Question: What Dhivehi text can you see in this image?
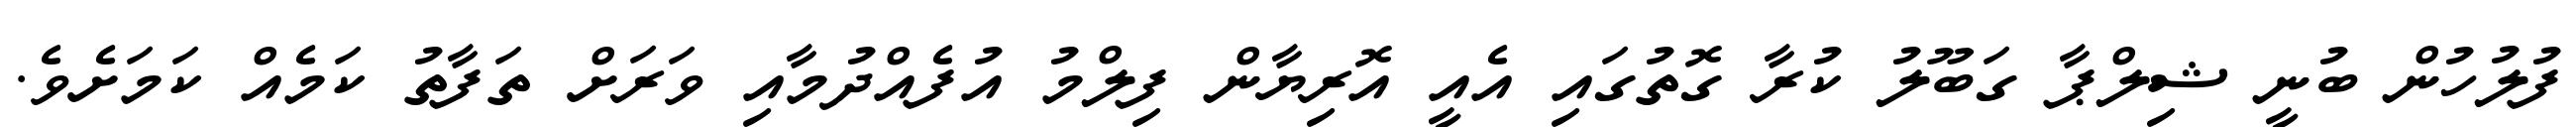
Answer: ފުލުހުން ބުނީ ޝިލްޕާ ގަބޫލު ކުރާ ގޮތުގައި އެއީ އޮރިޔާން ފިލްމު އުފެއްދުމާއި ވަރަށް ތަފާތު ކަމެއް ކަމަށެވެ.